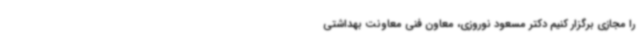
را مجازی برگزار کنیم دکتر مسعود نوروزی، معاون فنی معاونت بهداشتی